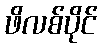
ဖိလစ်ပိုင်